画像に写った文字を読んでください
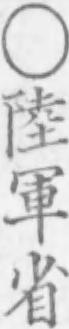
「○陸軍省」と書いてあります